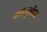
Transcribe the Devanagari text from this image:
त्यांपुढील